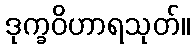
ဒုက္ခဝိဟာရသုတ်။